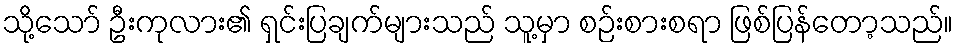
သို့သော် ဦးကုလား၏ ရှင်းပြချက်များသည် သူ့မှာ စဉ်းစားစရာ ဖြစ်ပြန်တော့သည်။